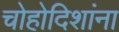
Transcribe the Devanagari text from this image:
चोहोदिशांना